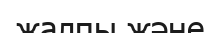
жалпы және